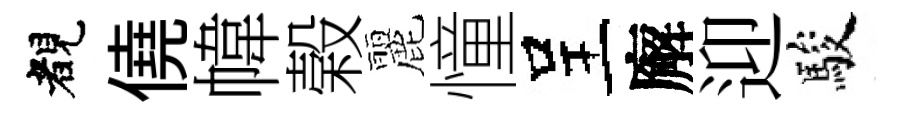
睹僥幃榖麗憧呈廨迎駿